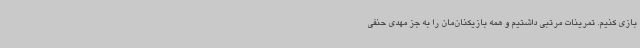
بازی کنیم. تمرینات مرتبی داشتیم و همه بازیکنان‌مان را به جز مهدی حنفی